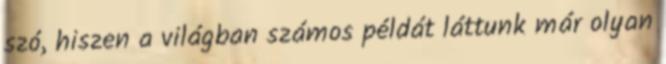
szó, hiszen a világban számos példát láttunk már olyan